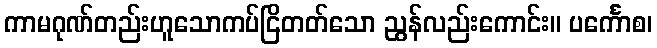
ကာမဂုဏ်တည်းဟူသောကပ်ငြိတတ်သော ညွန်လည်းကောင်း။ ပင်္ကောစ၊